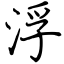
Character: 浮